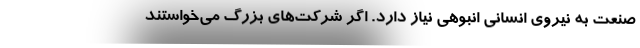
صنعت به نیروی انسانی انبوهی نیاز دارد. اگر شرکت‌های بزرگ می‌خواستند